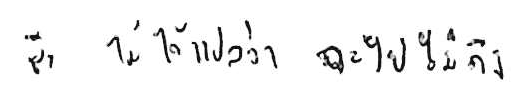
ช้า ไม่ได้แปลว่า จะไปไม่ถึง